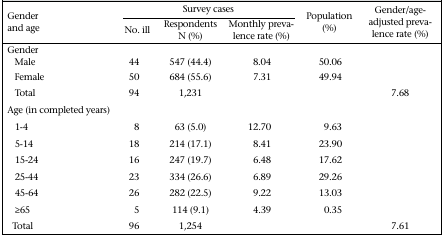
<table><thead><tr><td rowspan="2"><b>Gender and age</b></td><td colspan="3"><b>Survey cases</b></td><td rowspan="2"><b>Population (%)</b></td><td rowspan="2"><b>Gender/age-adjusted prevalence rate (%)</b></td></tr><tr><td><b>No. ill</b></td><td><b>Respondents N (%)</b></td><td><b>Monthly prevalence rate (%)</b></td></tr></thead><tbody><tr><td colspan="6">Gender</td></tr><tr><td>Male</td><td>44</td><td>547 (44.4)</td><td>8.04</td><td>50.06</td><td></td></tr><tr><td>Female</td><td>50</td><td>684 (55.6)</td><td>7.31</td><td>49.94</td><td></td></tr><tr><td>Total</td><td>94</td><td>1,231</td><td></td><td></td><td>7.68</td></tr><tr><td>Age (in completed years)</td><td></td><td></td><td></td><td></td><td></td></tr><tr><td>1-4</td><td>8</td><td>63 (5.0)</td><td>12.70</td><td>9.63</td><td></td></tr><tr><td>5-14</td><td>18</td><td>214 (17.1)</td><td>8.41</td><td>23.90</td><td></td></tr><tr><td>15-24</td><td>16</td><td>247 (19.7)</td><td>6.48</td><td>17.62</td><td></td></tr><tr><td>25-44</td><td>23</td><td>334 (26.6)</td><td>6.89</td><td>29.26</td><td></td></tr><tr><td>45-64</td><td>26</td><td>282 (22.5)</td><td>9.22</td><td>13.03</td><td></td></tr><tr><td>≥65</td><td>5</td><td>114 (9.1)</td><td>4.39</td><td>0.35</td><td></td></tr><tr><td>Total</td><td>96</td><td>1,254</td><td></td><td></td><td>7.61</td></tr></tbody></table>